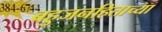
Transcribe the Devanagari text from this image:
बहुजनहिताच्या